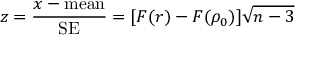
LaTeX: z = { \frac { x - { \mathrm { m e a n } } } { \mathrm { S E } } } = [ F ( r ) - F ( \rho _ { 0 } ) ] { \sqrt { n - 3 } }